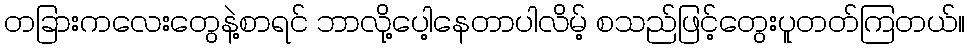
တခြားကလေးတွေနဲ့စာရင် ဘာလို့ပေါ့နေတာပါလိမ့် စသည်ဖြင့်တွေးပူတတ်ကြတယ်။